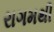
રાગમથી